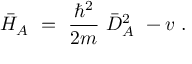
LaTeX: \bar { H } _ { A } \ = \ \frac { \hbar ^ { 2 } } { 2 m } \ \bar { D } _ { A } ^ { 2 } \ - v \ .